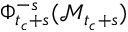
\Phi _ { t _ { c } + s } ^ { - s } ( \mathcal { M } _ { t _ { c } + s } )